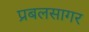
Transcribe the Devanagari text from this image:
प्रबलसागर